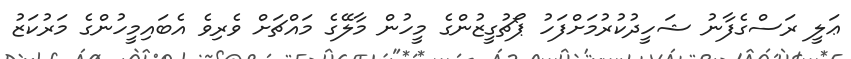
ޢަލީ ރަސްގެފާނު ޝަހީދުކުރުމަށްފަހު ޕޯޗުގީޒުންގެ މީހުން މާލޭގެ މައްޗަށް ވެރިވެ އެބައިމީހުންގެ މަރުކަޒު